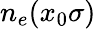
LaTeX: n_{e}(x_{0}\sigma)